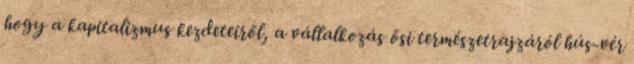
hogy a kapitalizmus kezdeteiről, a vállalkozás ősi természetrajzáról hús-vér